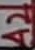
Text: A2